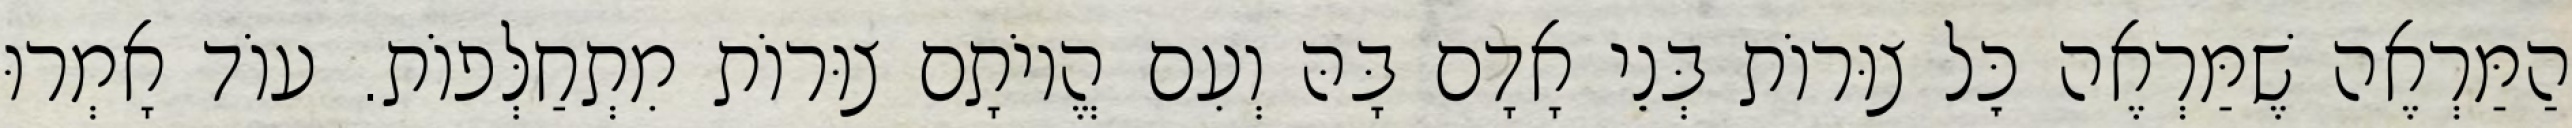
הַמַּרְאֶה שֶׁמַּרְאֶה כׇּל צוּרוֹת בְּנֵי אָדָם בָּהּ וְעִם הֱיוֹתָם צוּרוֹת מִתְחַלְּפוֹת. עוֹד אָמְרוּ